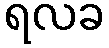
ရလခ